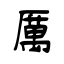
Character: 厲